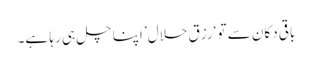
باقی دکان سے تو ‘رزق حلال’ اپنا چل ہی رہا ہے۔